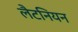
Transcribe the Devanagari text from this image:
लैटनियन